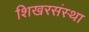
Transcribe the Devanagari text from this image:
शिखरसंस्था